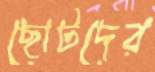
ছোটদের